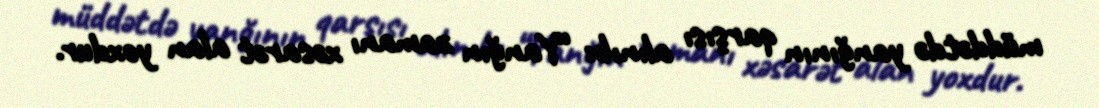
müddətdə yanğının qarşısı alınıb: “Yanğın zamanı xəsarət alan yoxdur.